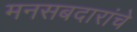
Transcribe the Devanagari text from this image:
मनसबदारांचे